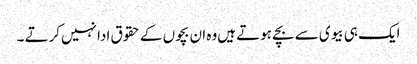
ایک ہی بیوی سے بچے ہوتے ہیں‌وہ ان بچوں کے حقوق ادا نہیں‌کرتے ۔